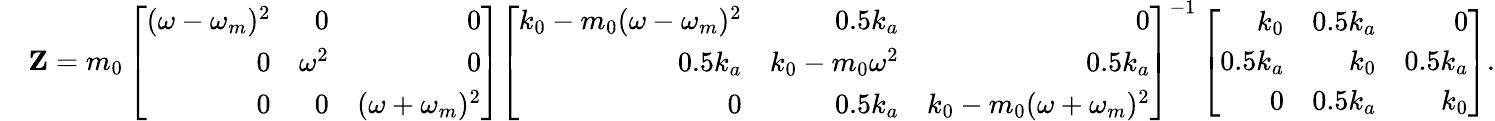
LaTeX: \begin{array}{rl}&{\mathbf{Z}=m_{0}\left[\begin{array}{rrr}{(\omega-\omega_{m})^{2}}&{0}&{0}\\ {0}&{\omega^{2}}&{0}\\ {0}&{0}&{(\omega+\omega_{m})^{2}}\end{array}\right]\left[\begin{array}{rrr}{k_{0}-m_{0}(\omega-\omega_{m})^{2}}&{0.5k_{a}}&{0}\\ {0.5k_{a}}&{k_{0}-m_{0}\omega^{2}}&{0.5k_{a}}\\ {0}&{0.5k_{a}}&{k_{0}-m_{0}(\omega+\omega_{m})^{2}}\end{array}\right]^{-1}\left[\begin{array}{rrr}{k_{0}}&{0.5k_{a}}&{0}\\ {0.5k_{a}}&{k_{0}}&{0.5k_{a}}\\ {0}&{0.5k_{a}}&{k_{0}}\end{array}\right].}\end{array}